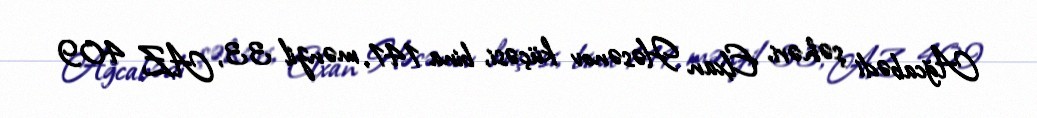
Ağcabədi şəhəri, Elxan Həsənov küçəsi, bina 141, mənzil 33, AZ 409